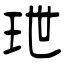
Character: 玴